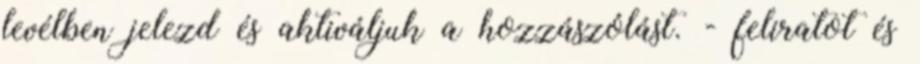
levélben jelezd és aktiváljuk a hozzászólást. - feliratot és